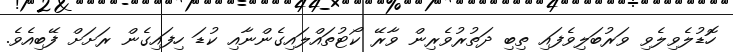
ހޮޑުލެވިލެވި ވަރުބަލިވެފައި ތިބި ދަތުރުވެރިން ވާރޭ ކޯޓުތައްލައިގެންނާއި ކުޑަ ހިފައިގެން ރަށަށް ފޭބިއެވެ.